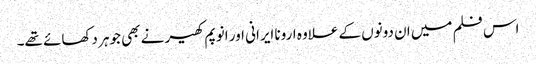
اس فلم میں ان دونوں کے علاوہ ارونا ایرانی اور انوپم کھیر نے بھی جوہر دکھائے تھے۔